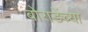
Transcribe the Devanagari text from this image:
बोराडेंच्या